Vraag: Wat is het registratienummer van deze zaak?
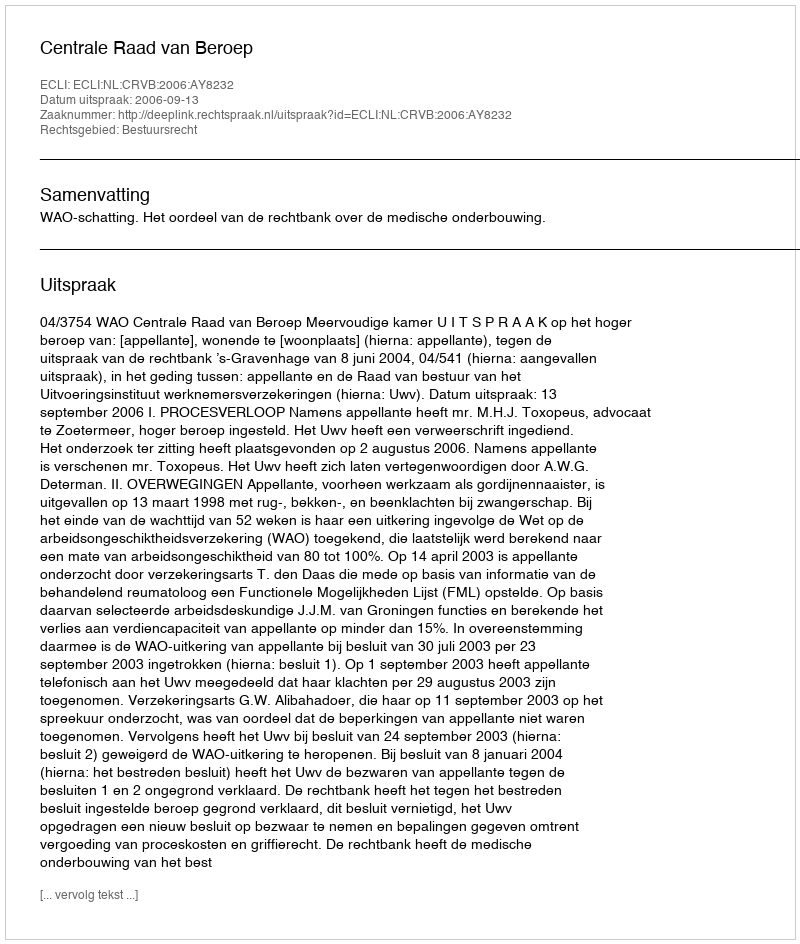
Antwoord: http://deeplink.rechtspraak.nl/uitspraak?id=ECLI:NL:CRVB:2006:AY8232